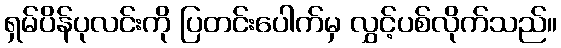
ရှမ်ပိန်ပုလင်းကို ပြတင်းပေါက်မှ လွှင့်ပစ်လိုက်သည်။